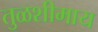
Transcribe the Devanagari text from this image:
तुळशीमाय